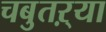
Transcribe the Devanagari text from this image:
चबुतऱ्या